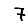
Digit: 7